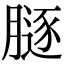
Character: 𦟥